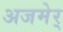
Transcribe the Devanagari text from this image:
अजमेर्